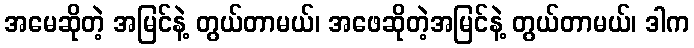
အမေဆိုတဲ့ အမြင်နဲ့ တွယ်တာမယ်၊ အဖေဆိုတဲ့အမြင်နဲ့ တွယ်တာမယ်၊ ဒါက